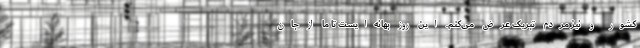
کشور و نیز مردم تبریک عرض می‌کنم. این روز بهانه‌ایست تا ما از جان